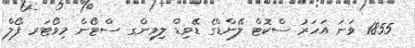
1855 ވަނަ އަހަރު ސްކޮޓް ލޭންޑްގެ ޑޭވިޑް ލިވިންގ ސްޓޯން މިވޯޓަރ ފޯލް